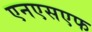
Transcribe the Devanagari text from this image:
एनएसएफ